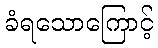
ခံရသောကြောင့်